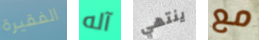
الفقيرة آله ينتهي مع